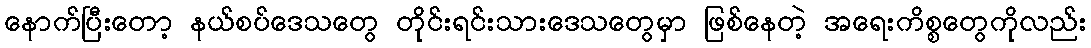
နောက်ပြီးတော့ နယ်စပ်ဒေသတွေ တိုင်းရင်းသားဒေသတွေမှာ ဖြစ်နေတဲ့ အရေးကိစ္စတွေကိုလည်း